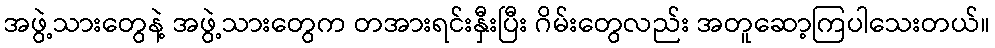
အဖွဲ့သားတွေနဲ့ အဖွဲ့သားတွေက တအားရင်းနှီးပြီး ဂိမ်းတွေလည်း အတူဆော့ကြပါသေးတယ်။